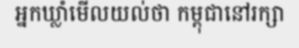
អ្នកឃ្លាំមើលយល់ថា កម្ពុជានៅរក្សា